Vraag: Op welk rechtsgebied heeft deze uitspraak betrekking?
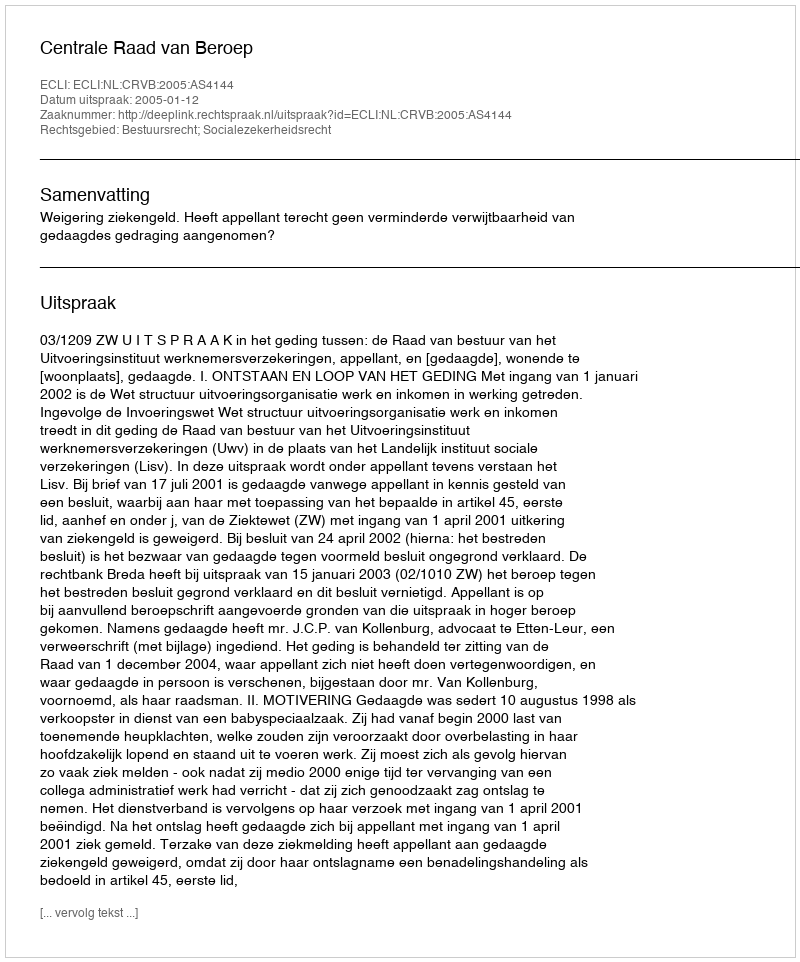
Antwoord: Bestuursrecht; Socialezekerheidsrecht